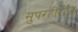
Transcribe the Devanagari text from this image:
सुपरहीरोज़